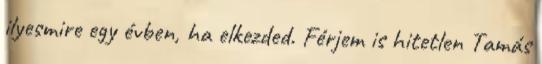
ilyesmire egy évben, ha elkezded. Férjem is hitetlen Tamás